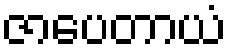
ဇာပေတာယံ